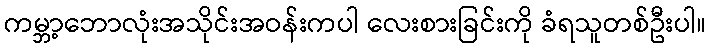
ကမ္ဘာ့ဘောလုံးအသိုင်းအဝန်းကပါ လေးစားခြင်းကို ခံရသူတစ်ဦးပါ။